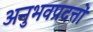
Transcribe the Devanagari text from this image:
अनुभवप्रदत्तों